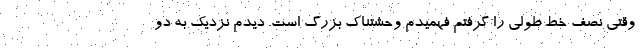
وقتی نصف خط طولی را گرفتم فهمیدم وحشتناک بزرگ است. دیدم نزدیک به دو